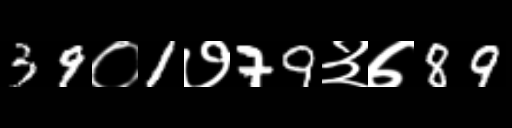
Text: 39०1७79३७89